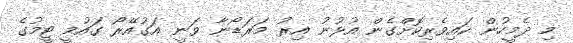
މި ދެމީހުން ކައިވެރިކޮށްގެން އުޅުނު އިރު މަރަޑޯނާ ވަނީ އަގުއޭރޯ ގައުމީ ޓީމުގެ